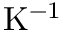
\mathrm { K } ^ { - 1 }